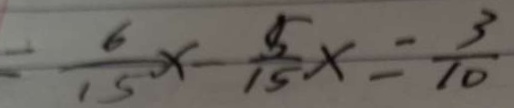
= \frac { 6 } { 1 5 } x - \frac { 5 } { 1 5 } x = \frac { 3 } { 1 0 }